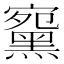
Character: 䵫